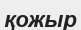
қожыр